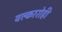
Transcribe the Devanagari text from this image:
वल्कारोही